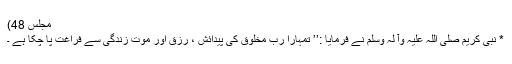
مجلس 48)
* نبی کریم صلی اللہ علیہ وآ لہٖ وسلم نے فرمایا :’’ تمہارا ربّ مخلوق کی پیدائش ، رزق اور موت زندگی سے فراغت پا چکا ہے ۔